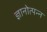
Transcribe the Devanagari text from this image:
ज्ञानोत्पन्न